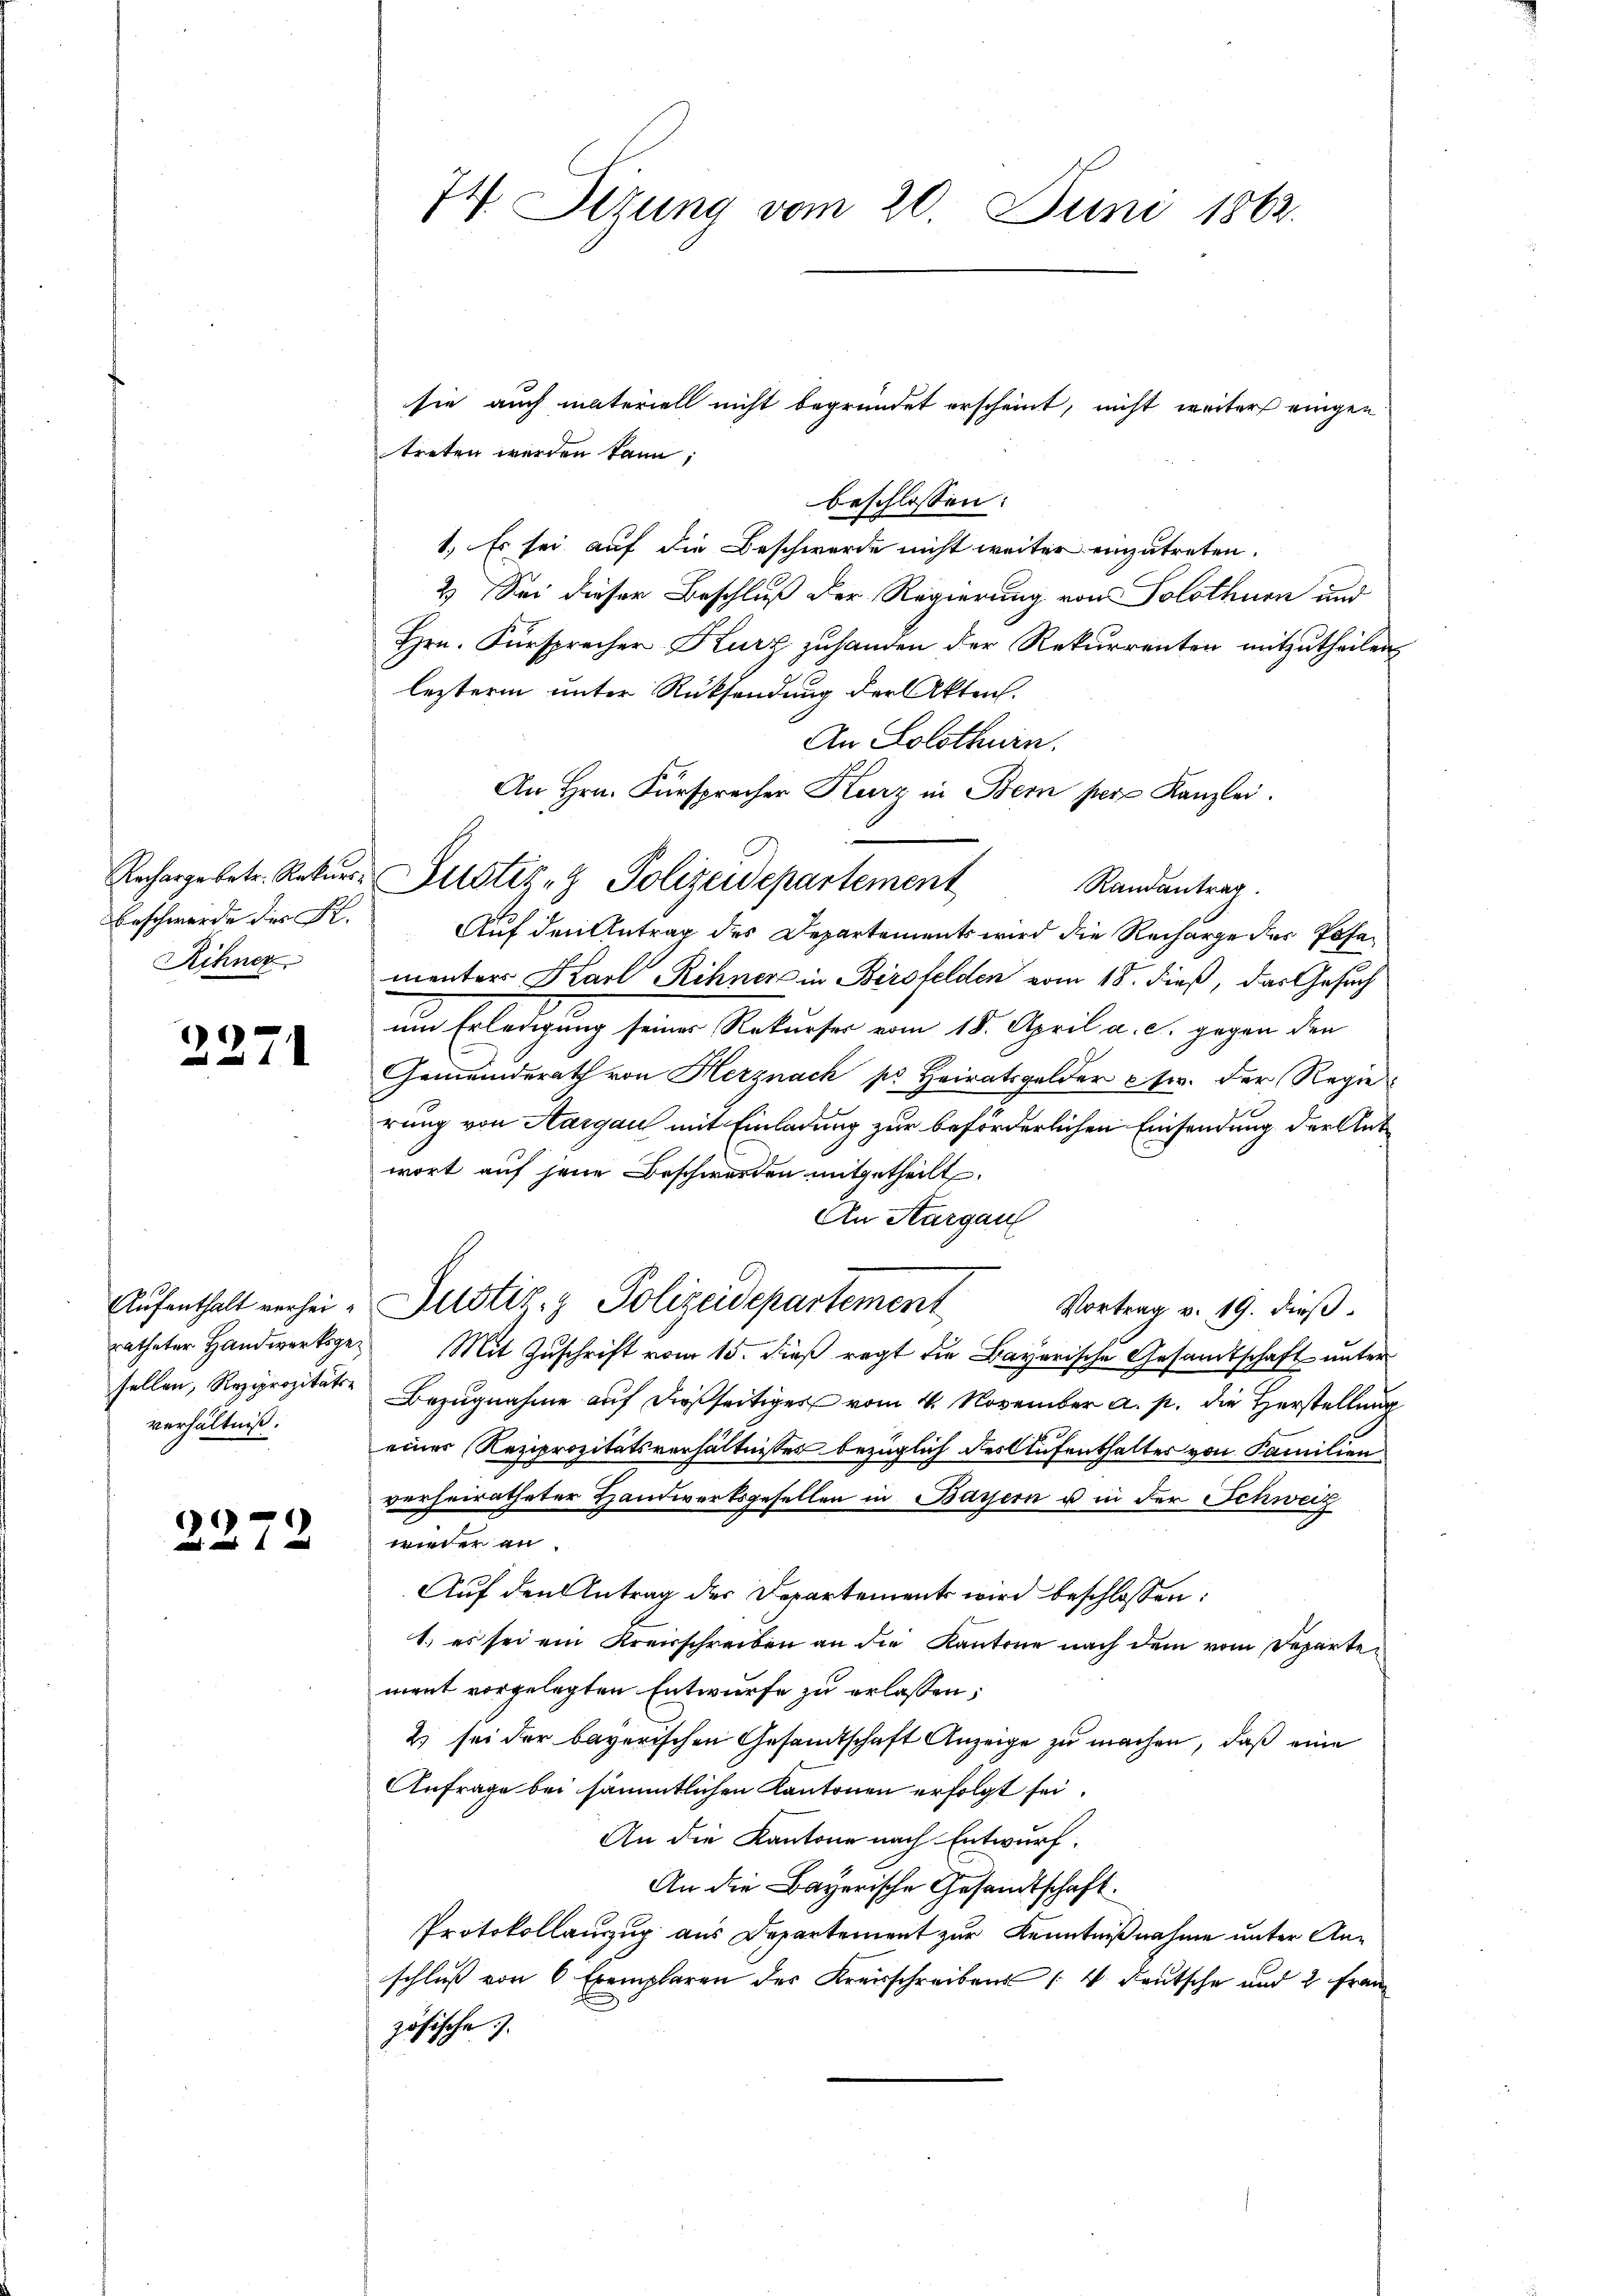
Recharge betr. Rekurs¬
Beschwerde des R.
Röhner

2271

Aufenthalt verheiratheter Handwerksgesellen, Reziprozitäts-
verhältniß.

)
1

74. Sizung vom 20. Juni 1862.

treten werden kann;
beschlossen:
1.) Es sei auf die Beschwerde nicht weiter einzutreten.
2. Sei dieser Beschluß der Regierung von Solothurn und
Hrn. Fürsprecher Kurz zuhanden der Rekurrenten mitzutheilen,
lezterm unter Rücksendung der Akten.
An Solothurn.
An Hrn. Fürsprecher Kurz in Bern per Kanzlei.
Randantrag.
Auf den Antrag des Departements wird die Recharge der Posamenters Karl Rihner in Birsfelden vom 18. dieß, das Gesuch
un Erledigung seiner Rekurser vom 15. April a. c. gegen den
Gemeinderath von Herznach sr. Heiratsgelder Ew. der Regie
rung von Aargau mit Einladung zur beförderlichen Einsendung der Antwort auf jene Beschwerden mitgetheilt.
An Aargau
Justiz- & Polizeidepartement
Vortrag v. 19. dieß.
Mit Zuschrift vom 15. dieß regt die Bayerische Gesandtschaft unter
Bezugnahme auf dießseitiges vom 4. November a. p. die Herstellung
einer Reziprozitätsverhältnisses bezüglich des Aufenthalter von Familien
verheiratheter Handwerksgesellen in Bayern u in der Schweiz
wieder an
Auf den Antrag der Departement wird beschlossen:
1.) es sei ein Kreisschreiben an die Kantone nach dem vom Departement vorgelegten Entwurfe zu erlassen;
2) sei der bayerischen Gesandtschaft Anzeige zu machen, daß eine
Anfrage bei sämmtlichen Kantonen erfolgt sei.
An die Kantone nach Entwurf.
An die Bayerische Gesandtschaft.
Protokollauszug aus Departement zur Kenntnißnahme unter Anschluß von 6 Exemplaren des Kreisschreibens [4 Deutsche und 2 Franz
zösische

sie auch materiell nicht begründet erscheint, nicht weiter eingen

e
Justiz- & Polizeidepartement